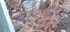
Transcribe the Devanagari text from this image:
आनंदीआनंद